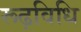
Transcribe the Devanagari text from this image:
रूढ़विधि